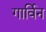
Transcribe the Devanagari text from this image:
गार्विन